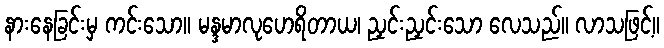
နားနေခြင်းမှ ကင်းသော။ မန္ဒမာလုဟေရိတာယ၊ ညှင်းညှင်းသော လေသည်။ လာသဖြင့်။